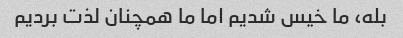
بله، ما خیس شدیم اما ما همچنان لذت بردیم